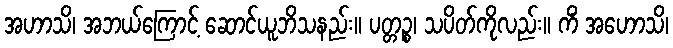
အဟာသိ၊ အဘယ်ကြောင့် ဆောင်ယူဘိသနည်း။ ပတ္တဉ္စ၊ သပိတ်ကိုလည်း။ ကိံ အဟောသိ၊